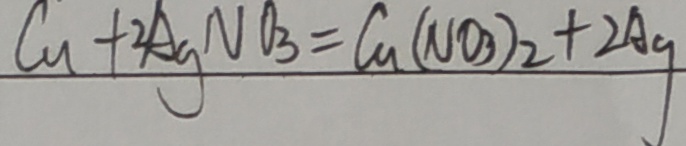
C u + 2 A g N O _ { 3 } = C a ( N O _ { 3 } ) _ { 2 } + 2 A g